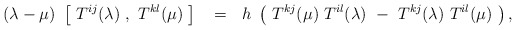
\begin{align*}(\lambda - \mu )~ \left [~ T^{ij}(\lambda)~,~ T^{kl}(\mu)~\right ]~~=~~h{}~\left (~ T^{kj}(\mu )~T^{il}(\lambda )~ -~T^{kj}(\lambda )~T^{il}(\mu )~ \right ),\end{align*}